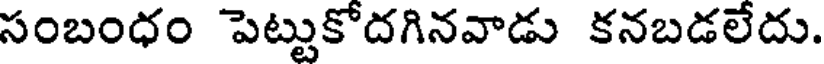
సంబంధం పెట్టుకోదగినవాడు కనబడలేదు.